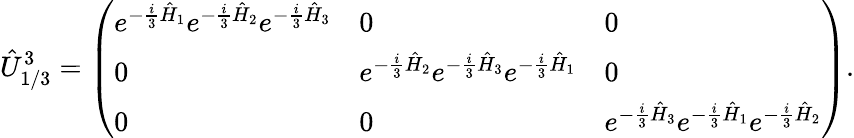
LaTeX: \hat{U}_{1/3}^{3}=\left(\begin{array}{lll}{e^{-\frac{i}{3}\hat{H}_{1}}e^{-\frac{i}{3}\hat{H}_{2}}e^{-\frac{i}{3}\hat{H}_{3}}}&{0}&{0}\\ {0}&{e^{-\frac{i}{3}\hat{H}_{2}}e^{-\frac{i}{3}\hat{H}_{3}}e^{-\frac{i}{3}\hat{H}_{1}}}&{0}\\ {0}&{0}&{e^{-\frac{i}{3}\hat{H}_{3}}e^{-\frac{i}{3}\hat{H}_{1}}e^{-\frac{i}{3}\hat{H}_{2}}}\end{array}\right).